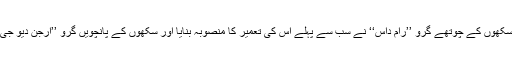
گولڈن ٹمپل کی تعمیر کا قصہ کچھ یوں ہے کہ سکھوں کے چوتھے گرو ’’رام داس‘‘ نے سب سے پہلے اس کی تعمیر کا منصوبہ بنایا اور سکھوں کے پانچویں گرو ’’ارجن دیو جی‘‘ نے اگست 1604ء میں اس کو مکمل کروایا۔